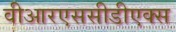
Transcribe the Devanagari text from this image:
वीआरएससीडीएक्स